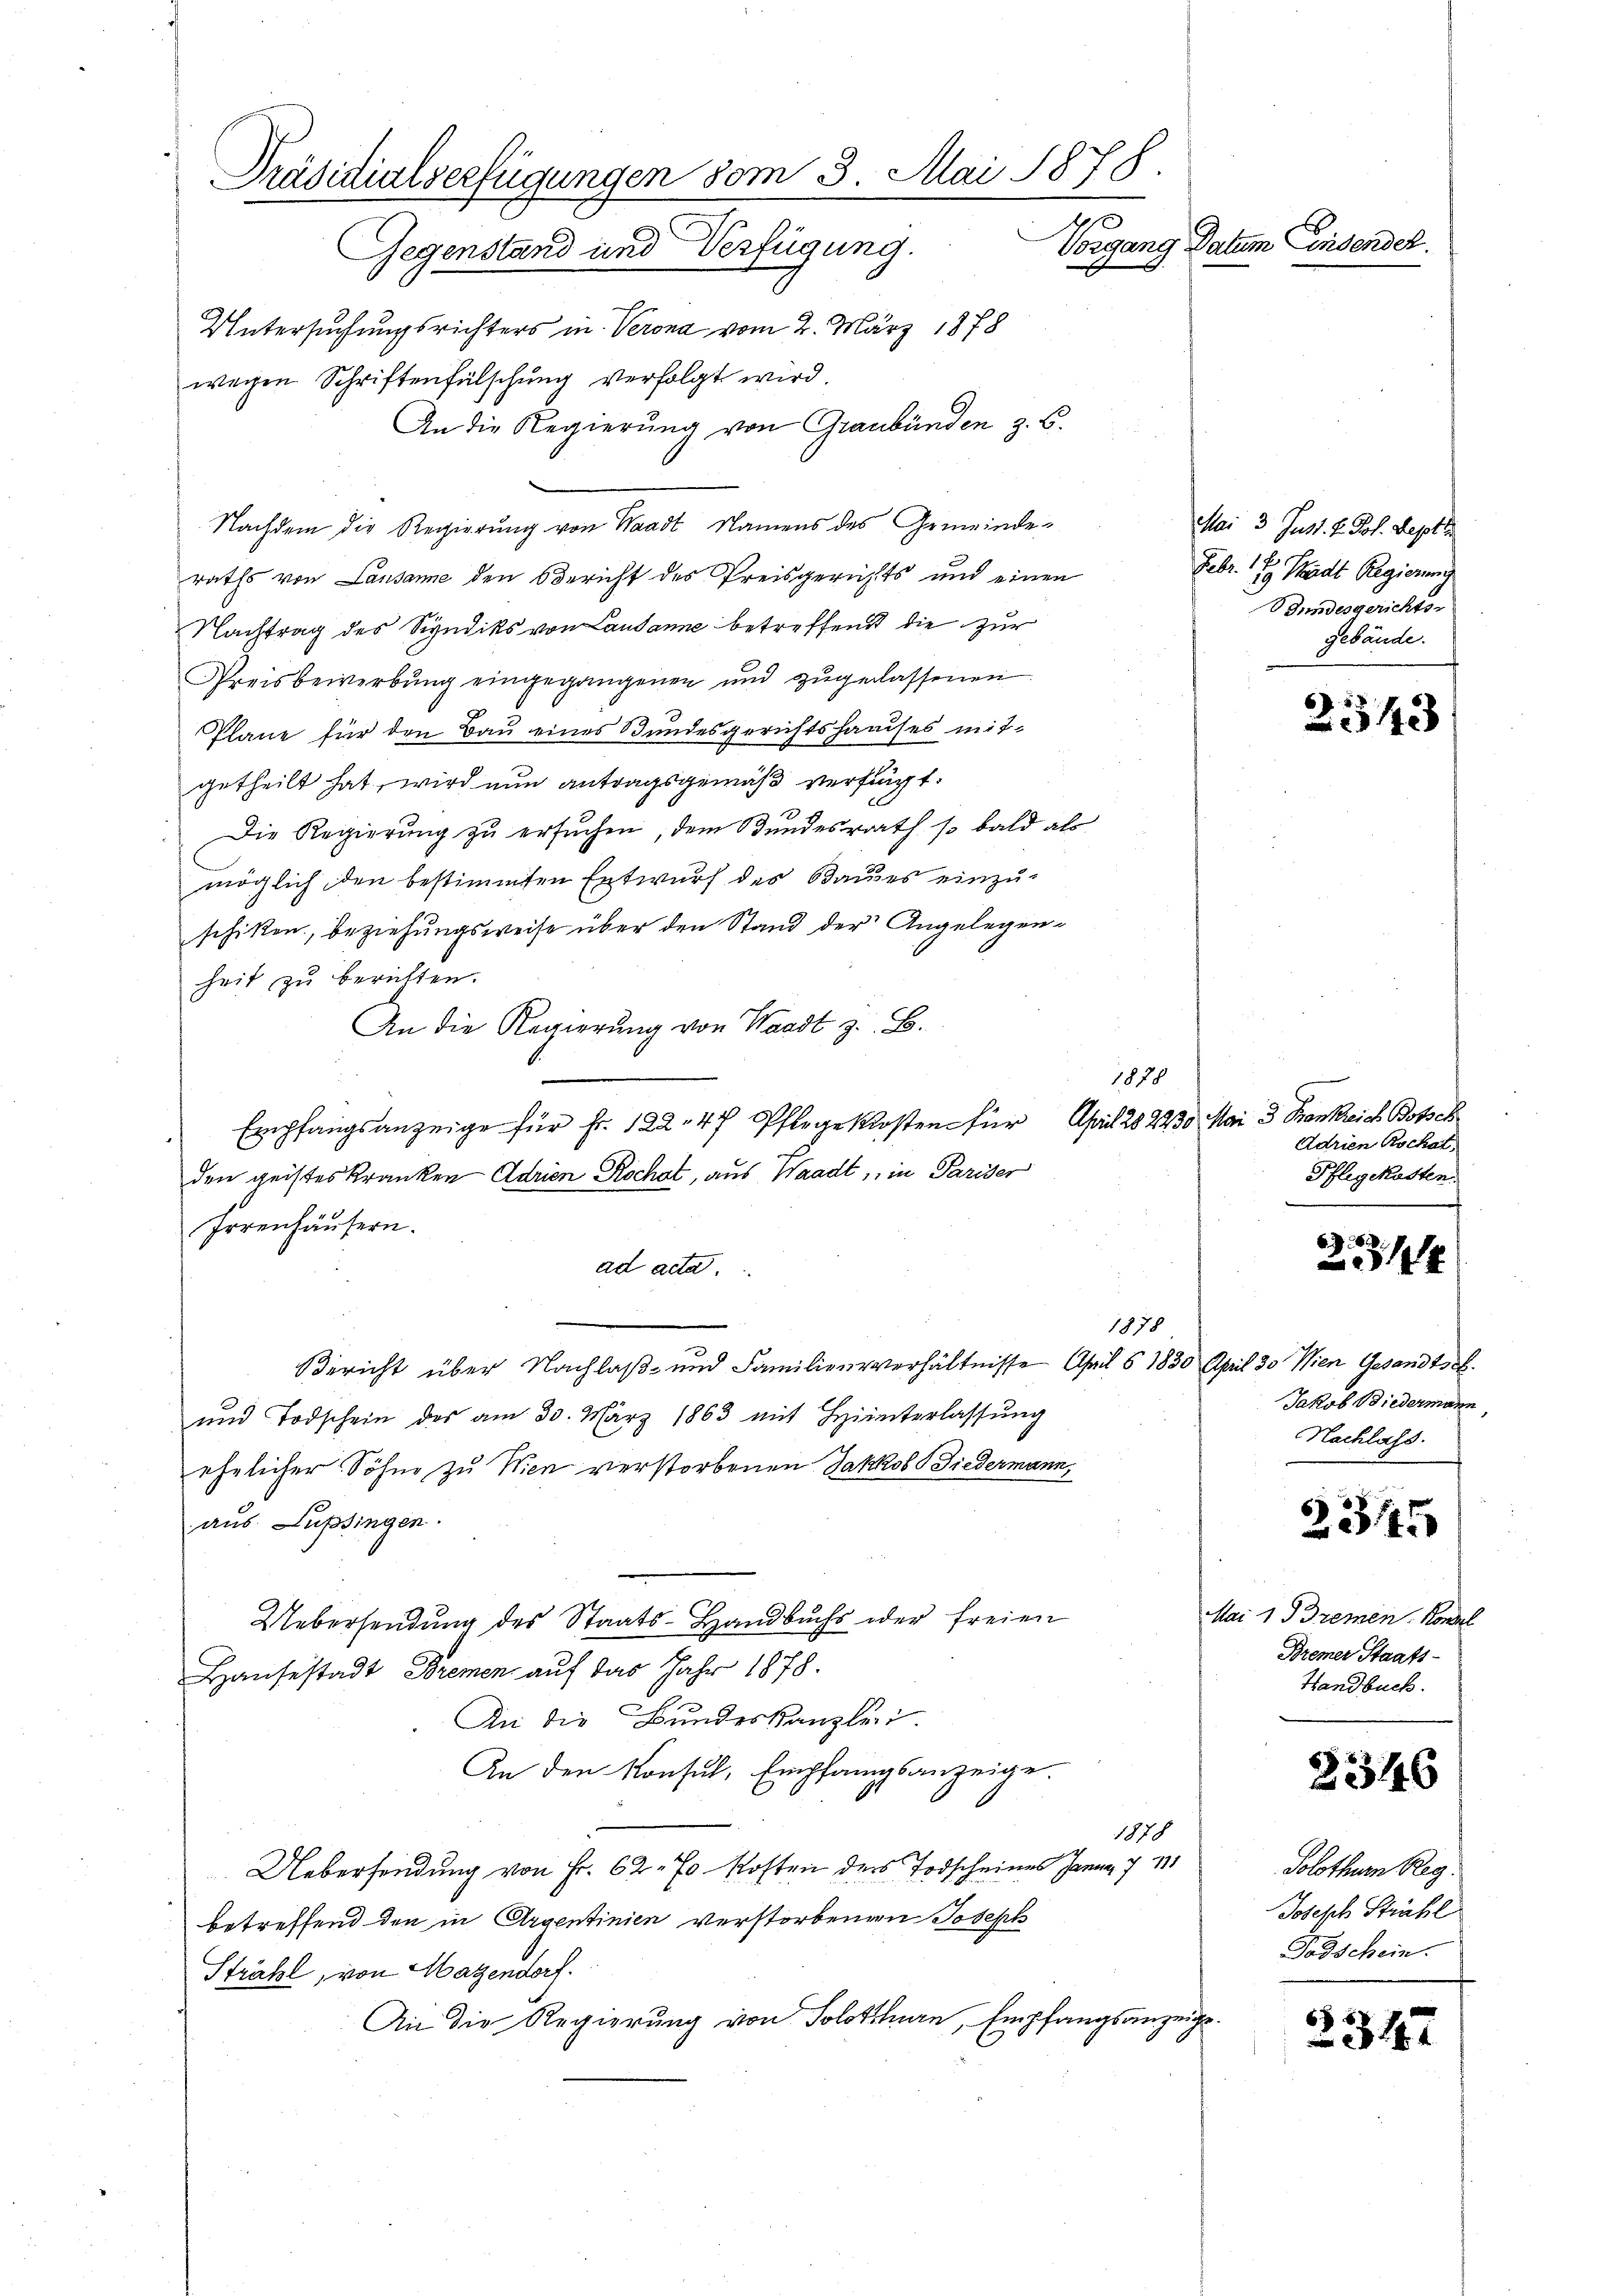
Präsidialverfügungen vom 3. Mai 1878
Vorgang Datum Consendet.
Gegenstand und Verfügung.

Untersuchungsrichters in Verona vom 2. März 1878
wegen Schriftenfälschung verfolgt wird.
An die Regierung von Graubünden z. B.
Nachdem die Regierung von Waadt, Namens des Gemeinde-
raths von Lausanne den Bericht des Preisgerichts und einen
Nachtrag des Syndiks von Lausanne betreffend die zur
Preis bewerbŭng eingegangenen und zŭgerassenen
Pläne für den Bau eines Bundesgerichtshauses mitgetheilt hat, wird nun antragsgemäß verfügt.
Die Regierung zu ersuchen, dem Bundesrath so bald als
möglich den bestimmten Entwurf des Baues einzuschiken, beziehungsweise über den Stand der Angelegenheit zu berichten.
An die Regierŭng von Waadt z. B.
1878
Empfangsanzeige für fr. 122. 47 Pflege kosten für April 20 2230 Mai 3 Krankreich Botsch
den geisteskranken Adrien Rochat, aus Waadt, in Pariser
Irrenhäusern.
ad acta.
1878
Bericht über Nachlaß- und Familienverhältnisse April § 1830 April 30. Wien Gesandtsch.
und Todschein des am 30. März 1863 mit Hinterlassŭng
ehelicher Söhne zu Wien verstorbenen Jakkob Biedermann,
aus Lupfingen.
Uebersendung des Staats-Handbuchs oder freien
Hause stadt Bremen auf das Jahr 1878.
An die Bundeskanzlei.
An den Konsul, Empfangsanzeige.
1878
Uebersendung von Fr. 62. 70 Kosten ders Todscheines Janua 7 11
betreffend den in Argentinien verstorbenen Joseph
Strahl, von Mazendorf.
An die Regierung von Solothurn, Empfangsanzeige¬

Mai 3. Just. H. Joh. Septe
Febr. 19 Stadt Regierung
Gundesgerichter
gebäude.

2543

Adrien Rochat,
Pflegekosten.

6
x

Jakob Biedermann,
Nachlass.

2315

Mai 1 d Bremen Konsel
Bremer Staats-
Handbuch.

2346

Solothum Reg.
Joseph Strahl
Todschein.

2347